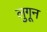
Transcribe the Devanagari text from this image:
लुगून